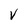
Character: v